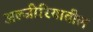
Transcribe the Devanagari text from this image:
अल्जीरियातील